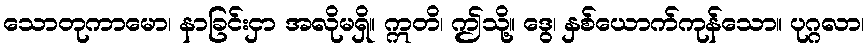
သောတုကာမော၊ နာခြင်းငှာ အလိုမရှိ။ ဣတိ၊ ဤသို့။ ဒွေ၊ နှစ်ယောက်ကုန်သော။ ပုဂ္ဂလာ၊